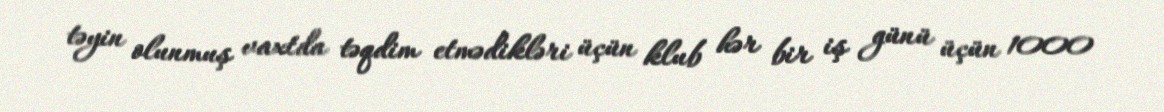
təyin olunmuş vaxtda təqdim etmədikləri üçün klub hər bir iş günü üçün 1000